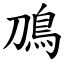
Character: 鳭